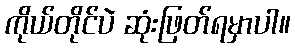
ကိုယ်တိုင်ပဲ ဆုံးဖြတ်ရမှာပါ။